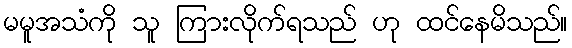
မမူအသံကို သူ ကြားလိုက်ရသည် ဟု ထင်နေမိသည်။